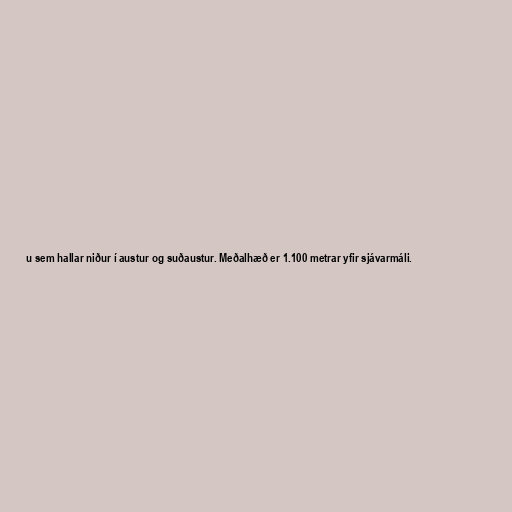
u sem hallar niður í austur og suðaustur. Meðalhæð er 1.100 metrar yfir sjávarmáli.